画像に写った文字を読んでください
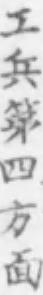
「工兵第四方面」と書いてあります